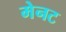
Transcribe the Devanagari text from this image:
मेनट